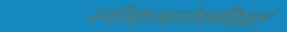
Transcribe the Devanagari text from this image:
स्वीकृतानेकविग्रह